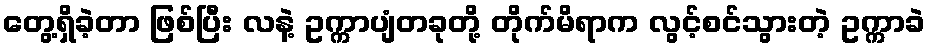
တွေ့ရှိခဲ့တာ ဖြစ်ပြီး လနဲ့ ဥက္ကာပျံတခုတို့ တိုက်မိရာက လွင့်စင်သွားတဲ့ ဥက္ကာခဲ